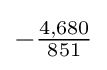
-{\tfrac {4,680}{851}}